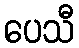
ပေသီ